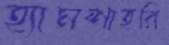
হ্যামশাহরি